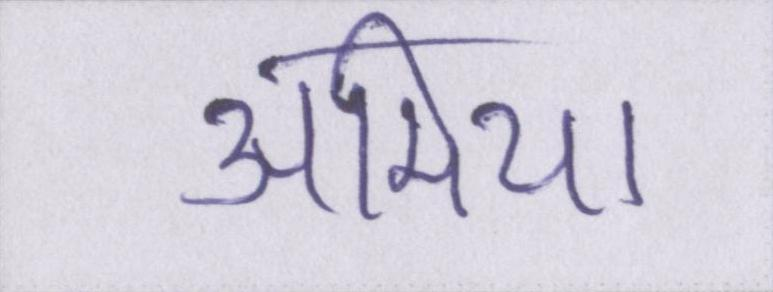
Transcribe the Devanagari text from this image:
अमिया